Annual report of the Imperial Bacteriologist
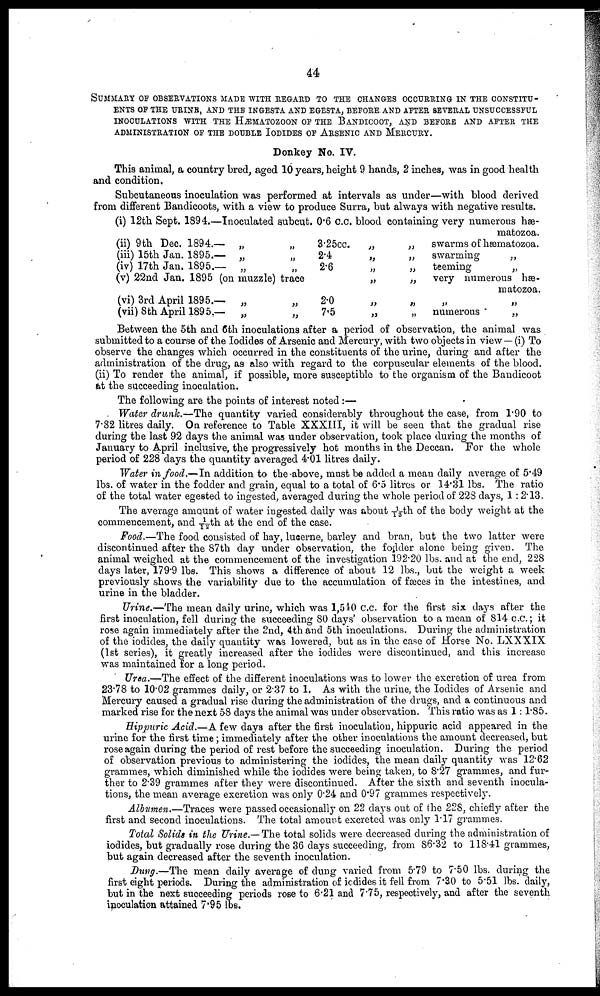
44
SUMMARY OF OBSERVATIONS MADE WITH REGARD TO THE CHANGES OCCURRING IN THE CONSTITU-
ENTS OF THE URINE, AND THE INGESTA AND EGESTA, BEFORE. AND AFTER SEVERAL UNSUCCESSFUL
INOCULATIONS WITH THE HÆMATOZOON OF THE BANDICOOT, AND BEFORE AND AFTER THE
ADMINISTRATION OF THE DOUBLE IODIDES OF ARSENIC AND MERCURY.
Donkey No. IV.
This animal, a country bred, aged 10 years, height 9 hands, 2 inches, was in good health
and condition.
Subcutaneous inoculation was performed at intervals as under—with blood derived
from different Bandicoots, with a view to produce Surra, but always with negative results.
(i) 12th Sept. 1894.—Inoculated subcut. 0.6 c.c.
(ii) 9th Dec. 1894.— „
(iii) 15th Jan. 1895.— „
(iv) 17th Jan. 1895.— „
(v) 22nd Jan. 1895 (on muzzle) trace
(vi) 3rd April 1895.— „
(vii) 8th April 1895.— „
„
3.25cc.
2.4
2.6
2.0
7.5
blood
„
„
„
„
„
„
containing very numerous hæ-
„
„
„
„
„
„
matozoa.
swarms of hæmatozoa.
swarming
„
teeming
„
very numerous hæ-
matozoa.
„ „
numerous
„
Between the 5th and 6th inoculations after a period of observation, the animal was
submitted to a course of the Iodides of Arsenic and Mercury, with two objects in view—(i) To
observe the changes which occurred in the constituents of the urine, during and after the
administration of the drug, as also with regard to the corpuscular elements of the blood.
(ii) To render the animal, if possible, more susceptible to the organism of the Bandicoot
at the succeeding inoculation.
The following are the points of interest noted :—
Water drunk.—The quantity varied considerably throughout the case, from 1.90 to
7.82 litres daily. On reference to Table XXXIII, it will be seen that the gradual rise
during the last 92 days the animal was under observation, took place during the months of
January to April inclusive, the progressively hot months in the Deccan. For the whole
period of 228 days the quantity averaged 4.01 litres daily.
Water in food.—In addition to the above, must be added a mean daily average of 5.49
lbs. of water in the fodder and grain, equal to a total of 6.5 litres or 14.31 lbs. The ratio
of the total water egested to ingested, averaged during the whole period of 228 days, 1: 2.13.
The average amount of water ingested daily was about 1/13 th of the body weight at the
commencement, and 1/12th at the end of the case.
Food.—The food consisted of hay, lucerne, barley and bran, but the two latter were
discontinued after the 87th day under observation, the fodder alone being given. The
animal weighed at the commencement of the investigation 192.20 lbs. and at the end, 228
days later, 179.9 lbs. This shows a difference of about 12 lbs., but the weight a week
previously shows the variability due to the accumulation of fæces in the intestines, and
urine in the bladder.
Urine.—The mean daily urine, which was 1,540 c.c. for the first six days after the
first inoculation, fell during the succeeding 80 days' observation to a mean of 814 c.c.; it
rose again immediately after the 2nd, 4th and 5th inoculations. During the administration
of the iodides, the daily quantity was lowered, but as in the case of Horse No. LXXXIX
(1st series), it greatly increased after the iodides were discontinued, and this increase
was maintained for a long period.
Urea.—The effect of the different inoculations was to lower the excretion of urea from
23.78 to 10.02 grammes daily, or 2.37 to 1. As with the urine, the Iodides of Arsenic and
Mercury caused a gradual rise during the administration of the drugs, and a continuous and
marked rise for the next 58 days the animal was under observation. This ratio was as 1: 1.85.
Hippuric Acid.—A few days after the first inoculation, hippuric acid appeared in the
urine for the first time; immediately after the other inoculations the amount decreased, but
rose again during the period of rest before the succeeding inoculation. During the period
of observation previous to administering the iodides, the mean daily quantity was 12.62
grammes, which diminished while the iodides were being taken, to 8.27 grammes, and fur-
ther to 2.39 grammes after they were discontinued. After the sixth and seventh inocula-
tions, the mean average excretion was only 0.24 and 0.97 grammes respectively.
Albumen.—Traces were passed occasionally on 22 days out of the 228, chiefly after the
first and second inoculations. The total amount excreted was only 1.17 grammes.
Total Solids in the Urine.— The total solids were decreased during the administration of
iodides, but gradually rose during the 36 days succeeding, from 86.32 to 118.41 grammes,
but again decreased after the seventh inoculation.
Dung.—The mean daily average of dung varied from 5.79 to 7.50 lbs. during the
first eight periods. During the administration of iodides it fell from 7.30 to 5.51 lbs. daily,
but in the next succeeding periods rose to 6.21 and 7.75, respectively, and after the seventh
inoculation attained 7.95 lbs.